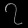
Digit: ၇